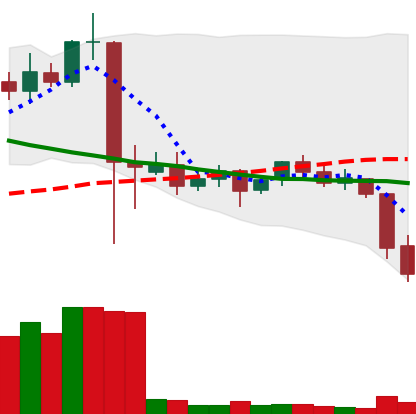
Ticker: ETC-USD
Chart end date: 2021-09-21
Forward return: 3.109%
Label: up_3_5